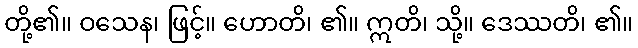
တို့၏။ ဝသေန၊ ဖြင့်။ ဟောတိ၊ ၏။ ဣတိ၊ သို့။ ဒေဿတိ၊ ၏။